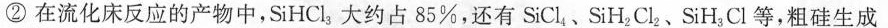
②在流化床反应的产物中，SiHCl_{3}大约占85%，还有SiCl_{4}SiH_{2}Cl_{2}、SiH_{3}Cl等，粗硅生成